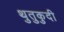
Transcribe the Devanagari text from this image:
थुतुकुदी